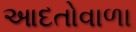
આદતોવાળા